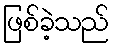
ဖြစ်ခဲ့သည်